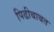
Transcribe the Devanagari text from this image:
पिढीबाबत